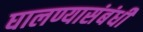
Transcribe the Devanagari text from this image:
घालण्यासंबंधी